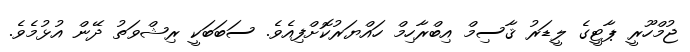
ޖުމްހޫރީ ޕާޓީގެ ލީޑަރު ޤާސިމް އިބްރާހިމް ހައްޔަރުކޮށްފިއެވެ. ސަބަބަކީ ރިޝްވަތު ދޭން އުޅުމެވެ.